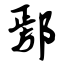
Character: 鄢